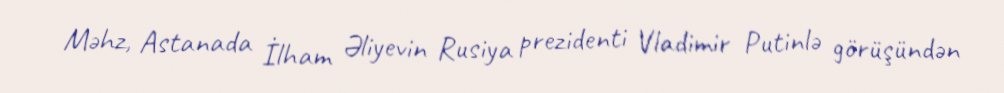
Məhz, Astanada İlham Əliyevin Rusiya prezidenti Vladimir Putinlə görüşündən